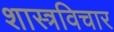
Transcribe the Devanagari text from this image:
शास्त्रविचार